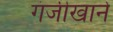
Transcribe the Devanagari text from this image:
गंजीखाने